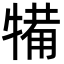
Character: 犕